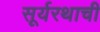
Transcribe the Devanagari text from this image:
सूर्यरथाची